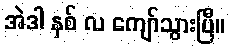
အဲဒါ နှစ် လ ကျော်သွားပြီ။